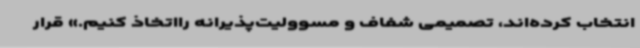
انتخاب کرده‌اند،‌ تصمیمی شفاف و مسوولیت‌پذیرانه رااتخاذ کنیم.» قرار